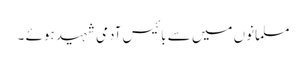
مسلمانوں میں سے بائیس آدمی شہید ہوئے ۔